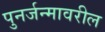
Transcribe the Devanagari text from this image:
पुनर्जन्मावरील